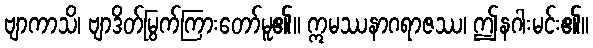
ဗျာကာသိ၊ ဗျာဒိတ်မြွက်ကြားတော်မူ၏။ ဣမဿနာဂရာဇဿ၊ ဤနဂါးမင်း၏။